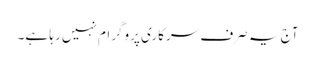
آج یہ صرف سرکاری پروگرام نہیں رہا ہے۔